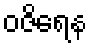
ဝဇိရေန